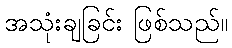
အသုံးချခြင်း ဖြစ်သည်။